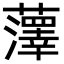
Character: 䕪